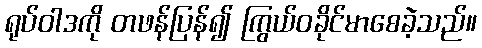
ရုပ်ဝါဒကို တဖန်ပြန်၍ ကြွယ်ဝခိုင်မာစေခဲ့သည်။